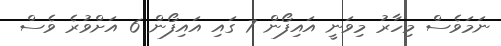
ނަމަވެސް މިހާރު މިވަނީ އައިފޯން 7 ގައި އައިފޯން 6 އަށްވުރެ ވެސް